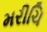
મરીચિ